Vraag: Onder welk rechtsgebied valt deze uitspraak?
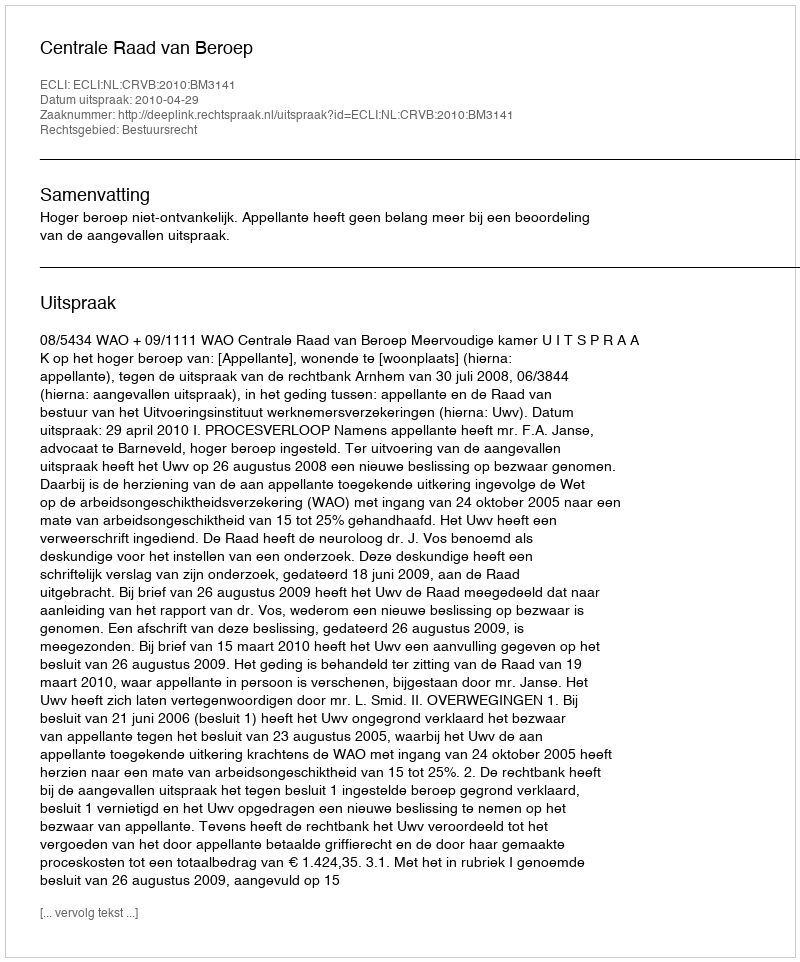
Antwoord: Bestuursrecht